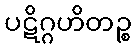
ပဋိဂ္ဂဟိတဉ္စ